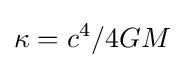
\kappa ={c^{4}}/{4GM}